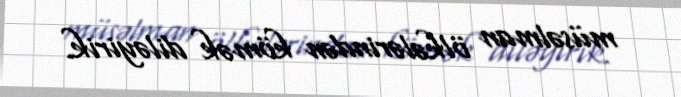
müsəlman ölkələrindən kömək diləyirik.